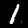
Label: 1